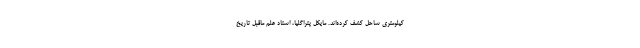
کیلومتری ساحل کشف کرده‌اند. مایکل پتراگلیا، استاد علم ماقبل تاریخ